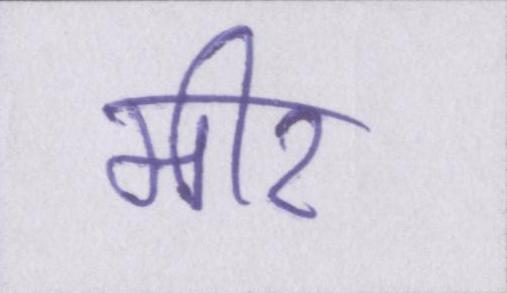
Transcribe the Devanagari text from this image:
मीर